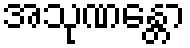
အသုဏန္တော